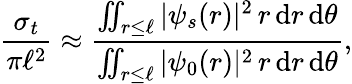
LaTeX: \frac{\sigma_{t}}{\pi\ell^{2}}\approx\frac{\iint_{r\le\ell}\vert\psi_{s}(r)\vert^{2}\, r\, \mathrm{d}r\, \mathrm{d}\theta}{\iint_{r\le\ell}\vert\psi_{0}(r)\vert^{2}\, r\, \mathrm{d}r\, \mathrm{d}\theta},